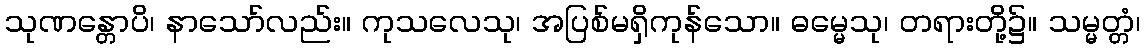
သုဏန္တောပိ၊ နာသော်လည်း။ ကုသလေသု၊ အပြစ်မရှိကုန်သော။ ဓမ္မေသု၊ တရားတို့၌။ သမ္မတ္တံ၊